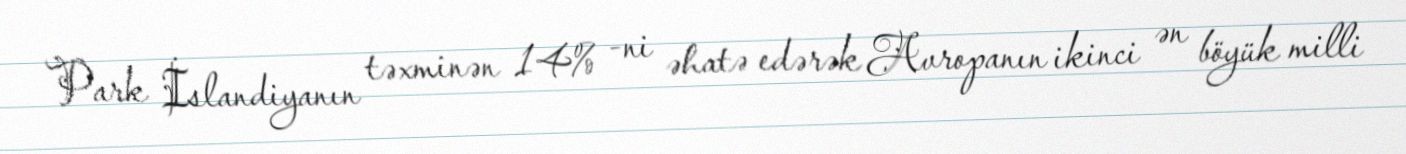
Park İslandiyanın təxminən 14% -ni əhatə edərək Avropanın ikinci ən böyük milli